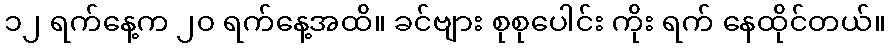
၁၂ ရက်နေ့က ၂၀ ရက်နေ့အထိ။ ခင်ဗျား စုစုပေါင်း ကိုး ရက် နေထိုင်တယ်။